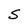
Character: S